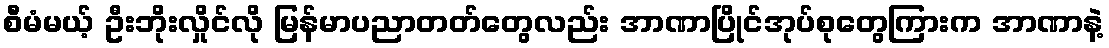
စီမံမယ့် ဦးဘိုးလှိုင်လို မြန်မာပညာတတ်တွေလည်း အာဏာပြိုင်အုပ်စုတွေကြားက အာဏာနဲ့